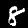
Digit: 8